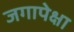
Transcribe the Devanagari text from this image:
जगापेक्षा